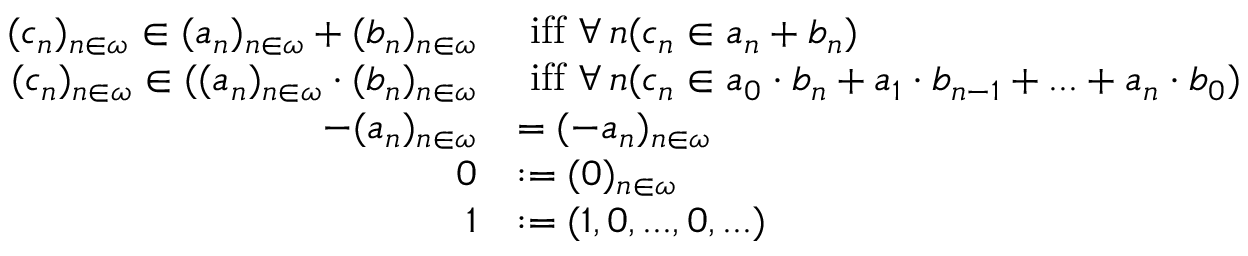
\begin{array} { r l } { ( c _ { n } ) _ { n \in \omega } \in ( a _ { n } ) _ { n \in \omega } + ( b _ { n } ) _ { n \in \omega } } & { \mathrm { ~ i f f ~ } \forall \, n ( c _ { n } \in a _ { n } + b _ { n } ) } \\ { ( c _ { n } ) _ { n \in \omega } \in ( ( a _ { n } ) _ { n \in \omega } \cdot ( b _ { n } ) _ { n \in \omega } } & { \mathrm { ~ i f f ~ } \forall \, n ( c _ { n } \in a _ { 0 } \cdot b _ { n } + a _ { 1 } \cdot b _ { n - 1 } + . . . + a _ { n } \cdot b _ { 0 } ) } \\ { - ( a _ { n } ) _ { n \in \omega } } & { = ( - a _ { n } ) _ { n \in \omega } } \\ { 0 } & { : = ( 0 ) _ { n \in \omega } } \\ { 1 } & { : = ( 1 , 0 , . . . , 0 , . . . ) } \end{array}